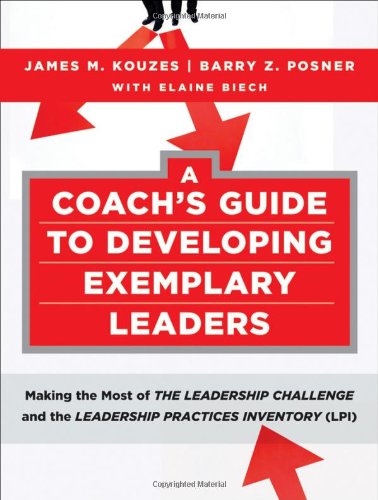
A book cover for A Coach's Guide to Developing Exemplary Leaders: Making the Most of The Leadership Challenge and the Leadership Practices Inventory (LPI); James M. Kouzes; Medical Books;